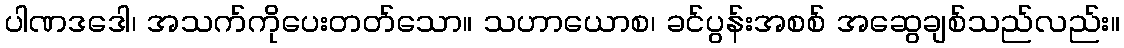
ပါဏဒဒေါ၊ အသက်ကိုပေးတတ်သော။ သဟာယောစ၊ ခင်ပွန်းအစစ် အဆွေချစ်သည်လည်း။